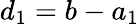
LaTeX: d_{1}=b-a_{1}